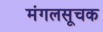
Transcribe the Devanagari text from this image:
मंगलसूचक